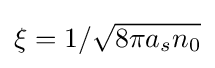
\xi =1/{\sqrt {8\pi a_{s}n_{0}}}